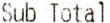
SUB TOTAL